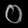
Digit: ၀